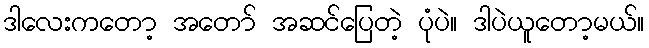
ဒါလေးကတော့ အတော် အဆင်ပြေတဲ့ ပုံပဲ။ ဒါပဲယူတော့မယ်။